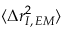
\langle \Delta r _ { I , \, E M } ^ { 2 } \rangle